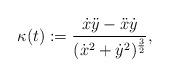
LaTeX: \begin{align*} \kappa(t):=\frac{\dot{x} \ddot{y} -\ddot{x}\dot{y} }{(\dot{x}^2+\dot{y}^2)^{\frac{3}{2}} },\end{align*}